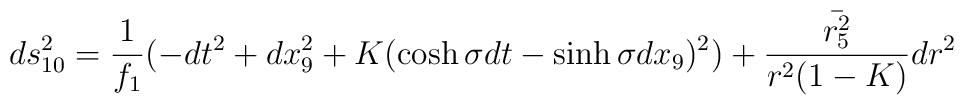
ds_{10}^2 =  \frac{1}{f_1} ( -dt^2 + dx_9^2 + K (\cosh \sigma dt - \sinh \sigma dx_9) ^2 )  + \frac{\bar{r_5^2}}{r^2 ( 1-K )} dr^2